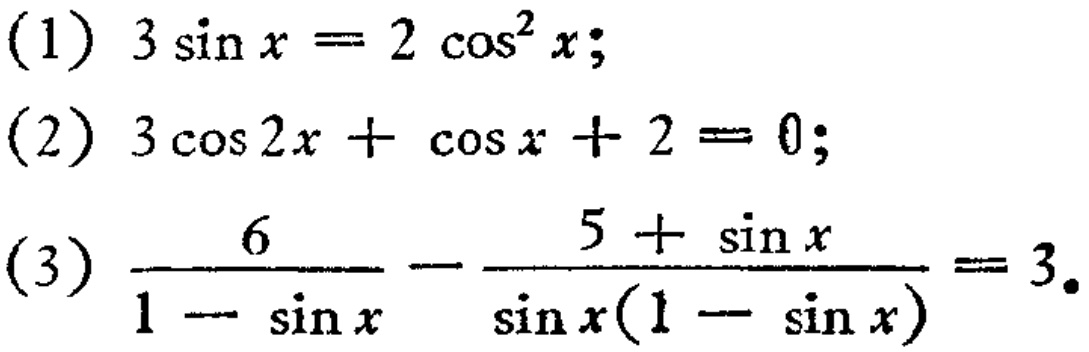
(1) \(3\sin x = 2\cos^{2}x\);
(2) \(3\cos 2x+\cos x + 2 = 0\);
(3) \(\frac{6}{1 - \sin x}-\frac{5+\sin x}{\sin x(1 - \sin x)} = 3\).